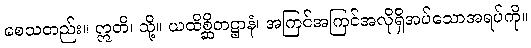
စေသတည်း။ ဣတိ၊ သို့။ ယထိစ္ဆိတဋ္ဌာနံ၊ အကြင်အကြင်အလိုရှိအပ်သောအရပ်ကို။